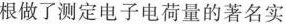
根做了测定电子电荷量的著名实